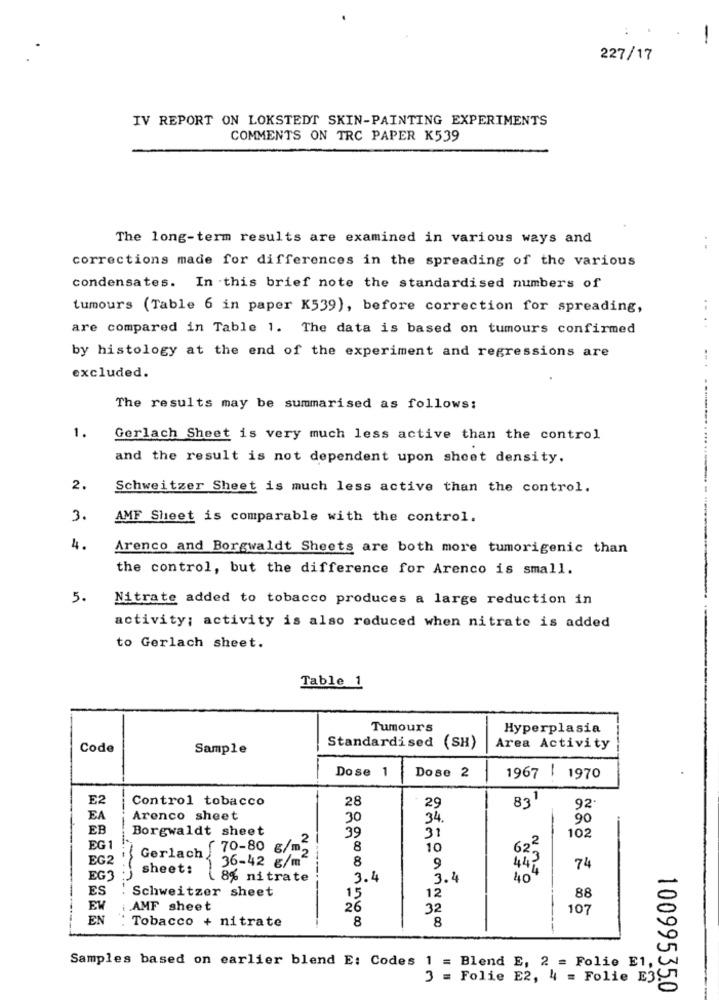
:
-
227/17
IV REPORT ON LOKSTEDT SKIN-PAINTING EXPERIMENTS
COMMENTS ON TRC PAPER K539
The long-term results are examined in various ways and
corrections made for differences in the spreading of the various
condensates. In this brief note the standardised numbers of
tumours (Table 6 in paper K539), before correction for spreading,
..
are compared in Table 1. The data is based on tumours confirmed
by histology at the end of the experiment and regressions are
excluded.
The results may be summarised as follows:
1.
Gerlach Sheet is very much less active than the control
and the result is not dependent upon sheet density.
2.
Schweitzer Sheet is much less active than the control.
3.
AMF Sheet is comparable with the control.
4.
Arenco and Borgwaldt Sheets are both more tumorigenic than
the control, but the difference for Arenco is small.
5.
Nitrate added to tobacco produces a large reduction in
activity; activity is also reduced when nitrate is added
to Gerlach sheet.
Table 1
Tumours
Hyperplasia
Code
Sample
Standardised
(SH)
Area Activity
Dose 1
Dose 2
1967 1970
E2
Control tobacco
28
29
83
92
EA
Arenco sheet
30
34
90
EB
Borgwaldt sheet
39
31
2
102
EG 1
Gerlach 70-80 g/m,
8
10
EG2
36-42 g/m
8
9
443
4
74
EG3
sheet: [ 8% nitrate
3.4
3.4
40
ES
----------..:-
Schweitzer sheet
15
12
88
EV
AMF sheet
26
32
107
EN
Tobacco + nitrate
8
8
Samples based on earlier blend E: Codes 1 = Blend E, 2 = Folie E1, CN
3 = Folie E2, 4 = Folie E3ST
100995350